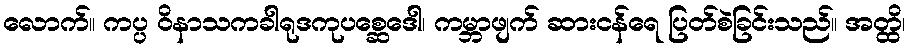
လောက်။ ကပ္ပ ဝိနာသကခါရုဒကုပစ္ဆေဒေါ၊ ကမ္ဘာဖျက် ဆားငန်ရေ ပြတ်စဲခြင်းသည်။ အတ္ထိ၊